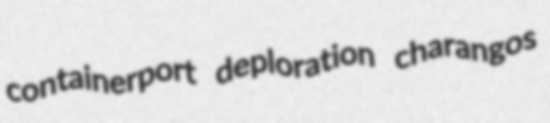
containerport deploration charangos